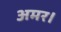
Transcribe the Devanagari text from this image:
अमर।